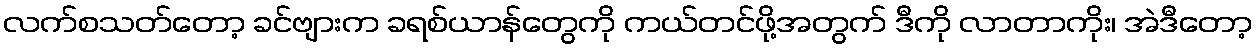
လက်စသတ်တော့ ခင်ဗျားက ခရစ်ယာန်တွေကို ကယ်တင်ဖို့အတွက် ဒီကို လာတာကိုး၊ အဲဒီတော့